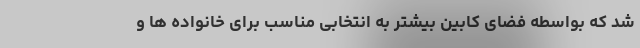
شد که بواسطه فضای کابین بیشتر به انتخابی مناسب برای خانواده ها و